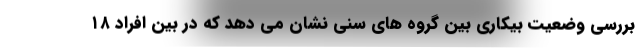
بررسی وضعیت بیکاری بین گروه های سنی نشان می دهد که در بین افراد ۱۸